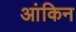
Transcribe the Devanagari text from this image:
आंकिन